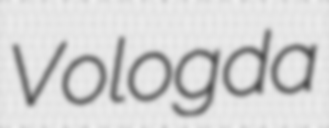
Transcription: Vologda